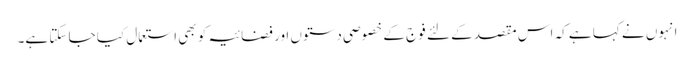
انہوں نے کہا ہے کہ اس مقصد کے لئے فوج کے خصوصی دستوں اور فضائیہ کو بھی استعمال کیا جا سکتا ہے۔